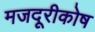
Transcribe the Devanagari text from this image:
मजदूरीकोष